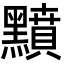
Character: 𪒰